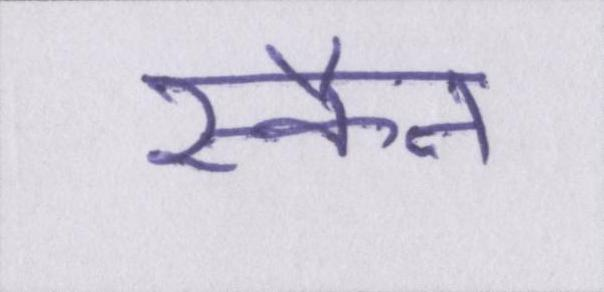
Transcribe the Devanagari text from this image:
स्कैन